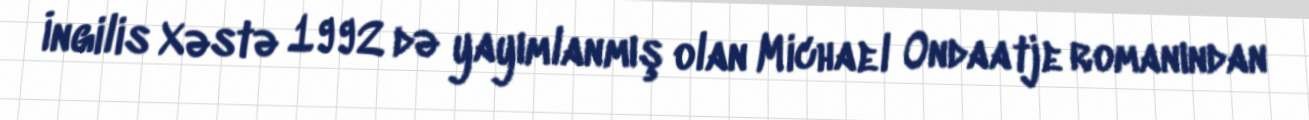
İngilis Xəstə 1992 də yayımlanmış olan Michael Ondaatje romanından